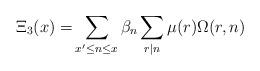
LaTeX: \begin{align*}\Xi_3(x)=&\sum_{x'\le n \le x}\beta_n\sum_{r\mid n}\mu(r)\Omega(r,n)\end{align*}